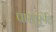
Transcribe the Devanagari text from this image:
पारत्तुरुत्ति